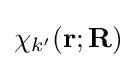
\chi _{k'}(\mathbf {r} ;\mathbf {R} )